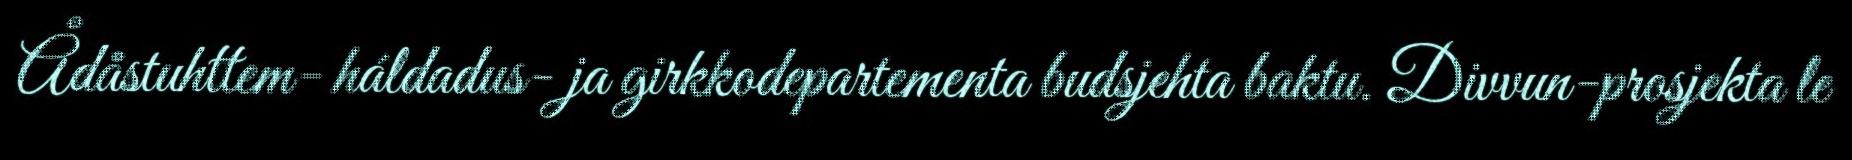
Ådåstuhttem- háldadus- ja girkkodepartementa budsjehta baktu. Divvun-prosjekta le